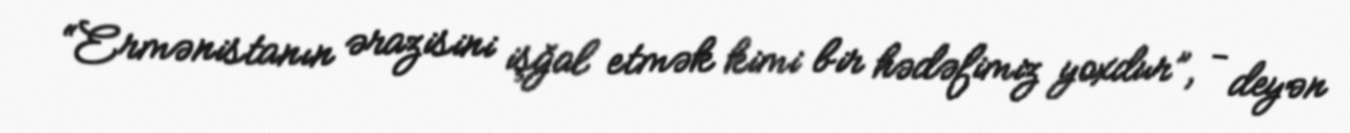
“Ermənistanın ərazisini işğal etmək kimi bir hədəfimiz yoxdur”, - deyən